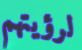
لرؤيتهم